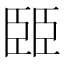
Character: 𦣦